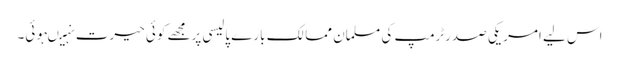
اس لیے امریکی صدرٹرمپ کی مسلمان ممالک بارے پالیسی پرمجھے کوئی حیرت نہیںہوئی۔